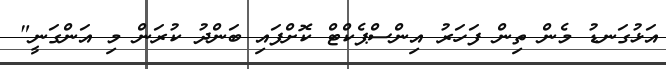
އަޅުގަނޑު މެން ތިން ފަހަރު އިންސްޕެކްޓް ކޮށްފައި ބަންދު ކުރަން މި އަންގަނީ"